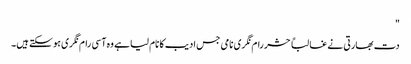
"
دت بھارتی نے غالباً حشر رام نگری نامی جس ادیب کا نام لیا ہے وہ آسی رام نگری ہو سکتے ہیں۔